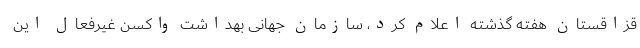
قزاقستان هفته گذشته اعلام کرد، سازمان جهانی بهداشت واکسن غیرفعال این